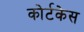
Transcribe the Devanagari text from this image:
कोर्टकेस